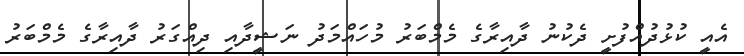
އެއީ ކުޅުދުއްފުށީ ދެކުނު ދާއިރާގެ މެމްބަރު މުހައްމަދު ނަޝީދާއި ދިއްގަރު ދާއިރާގެ މެމްބަރު